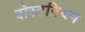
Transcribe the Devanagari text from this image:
बोस्टनियन